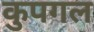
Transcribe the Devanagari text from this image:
कुपगल